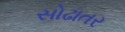
સોઢાતર